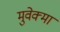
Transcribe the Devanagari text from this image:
मुवेक्मा